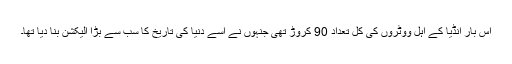
اس بار انڈیا کے اہل ووٹروں کی کل تعداد 90 کروڑ تھی جنہوں نے اسے دنیا کی تاریخ کا سب سے بڑا الیکشن بنا دیا تھا۔